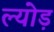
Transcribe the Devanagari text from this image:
ल्योड़